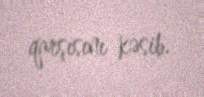
qarşısını kəsib.